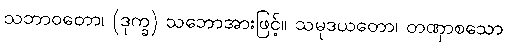
သဘာဝတော၊ (ဒုက္ခ) သဘောအားဖြင့်။ သမုဒယတော၊ တဏှာစသော